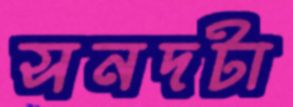
সনদটা